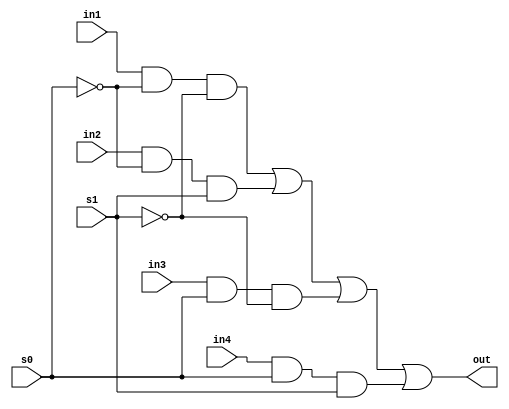
module mux4_1c(out,in1,in2,in3,in4,s0,s1);
	input in1,in2,in3,in4,s0,s1;
	output out;
	assign out=(in1&~s0&~s1)|(in2&~s0&s1)|(in3&s0&~s1)|(in4&s0&s1);
endmodule